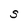
Character: S